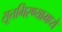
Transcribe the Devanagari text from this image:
सूतगिरण्यामध्ये